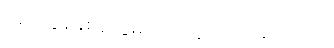
ပြည့်လွန်နှစ်တွေမှာ ပေါ်ထွက်လာခဲ့ပါတယ်။